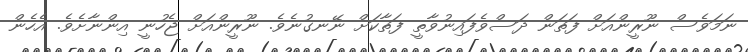
ނަމަވެސް ނޫރީންއަށް ފަތަން ދަސްވެފައިނުވާތީ ފަތާކަށް ނޭނގުނެވެ. ނޫރީންއަަށް ޖެހުނީ އިންނާށެވެ. އެހެން